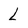
Character: L